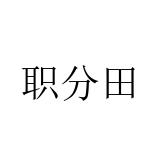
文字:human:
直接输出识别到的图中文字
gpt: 职分田